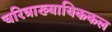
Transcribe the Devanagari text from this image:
चरित्राख्यायिककल